65_HS1-834228961_62-HQ-83894_Section_10
Agency: FBI
Page 18
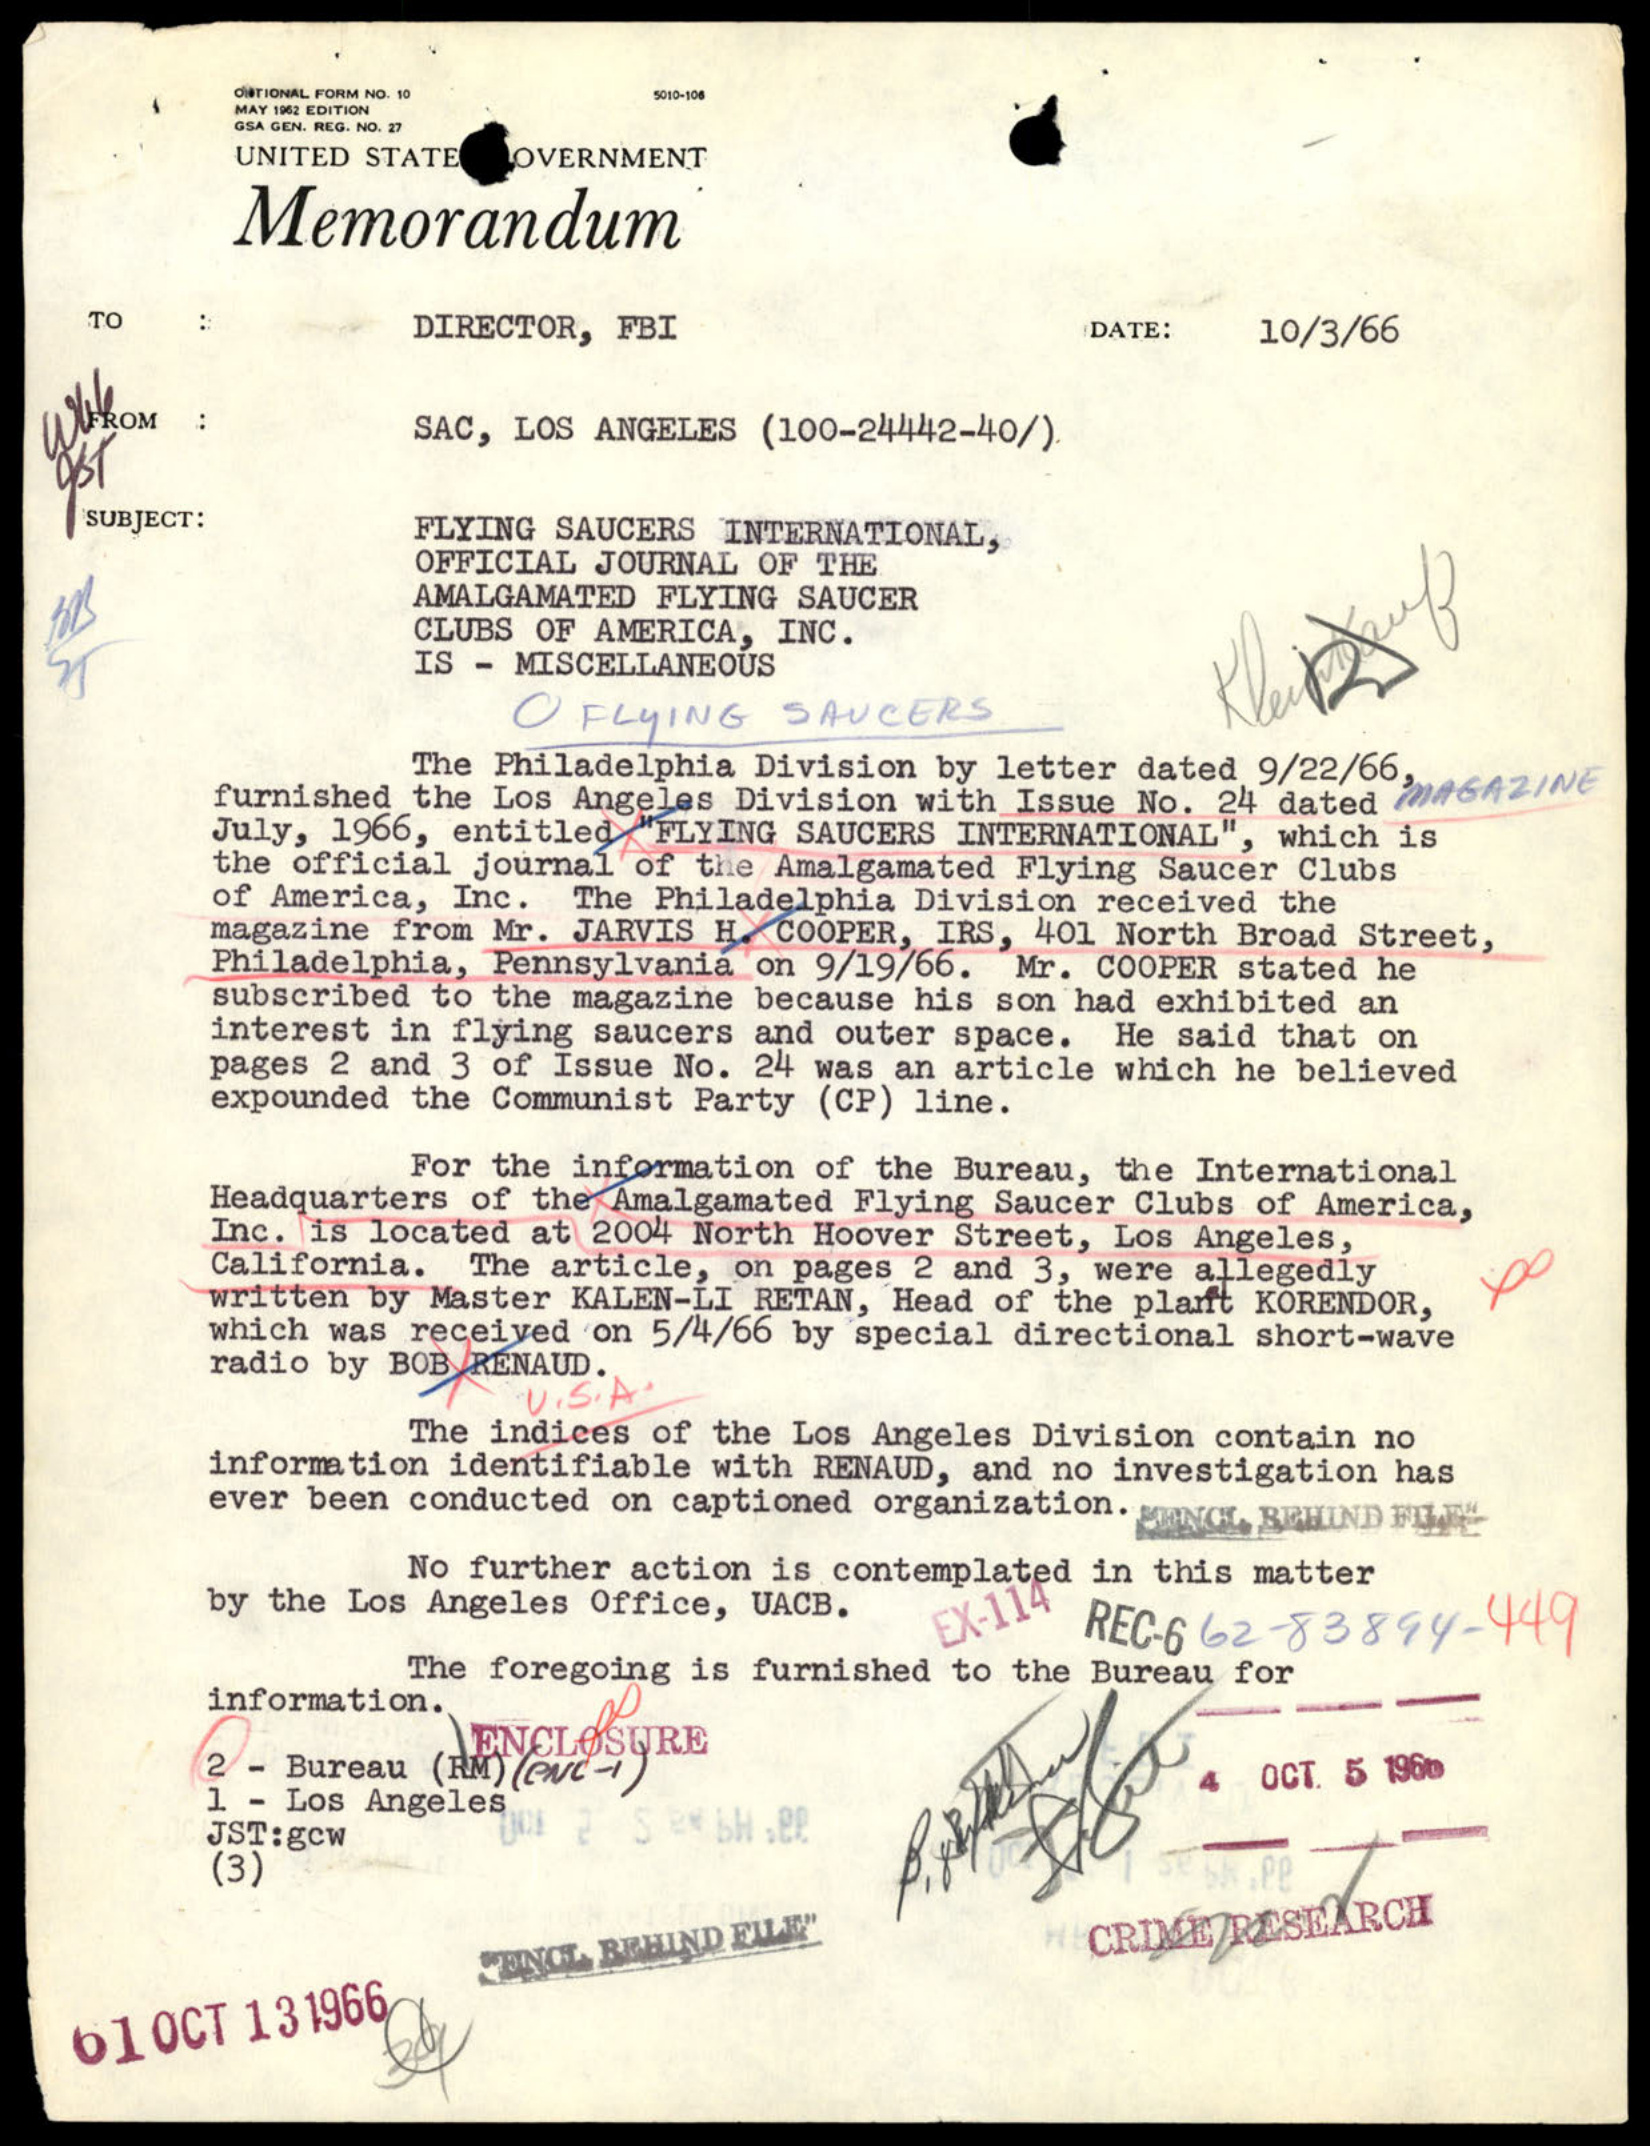